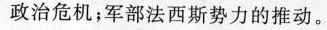
政治危机；军部法西斯势力的推动。